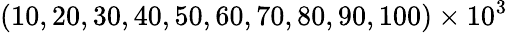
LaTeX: (10,20,30,40,50,60,70,80,90,100)\times 10^{3}